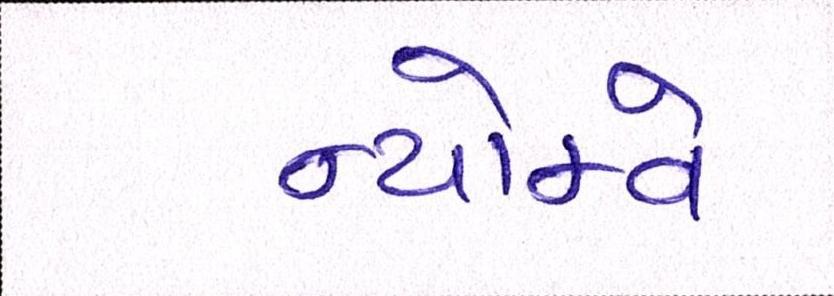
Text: ન્યોમ્વે